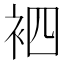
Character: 𮕳